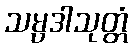
သမ္ပဒါသုတ္တံ